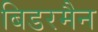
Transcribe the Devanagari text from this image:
बिडरमैन